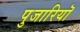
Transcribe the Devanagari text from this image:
पुजारियॊ